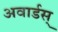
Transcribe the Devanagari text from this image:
अवार्डस्